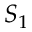
S _ { 1 }